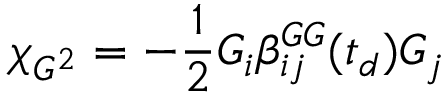
\chi _ { G ^ { 2 } } = - \frac { 1 } { 2 } G _ { i } \beta _ { i j } ^ { G G } ( t _ { d } ) G _ { j }